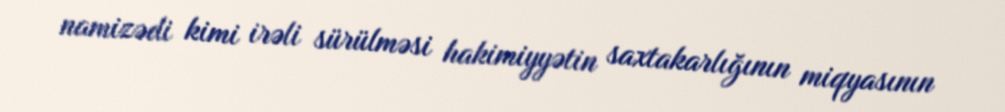
namizədi kimi irəli sürülməsi hakimiyyətin saxtakarlığının miqyasının